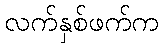
လက်နှစ်ဖက်က